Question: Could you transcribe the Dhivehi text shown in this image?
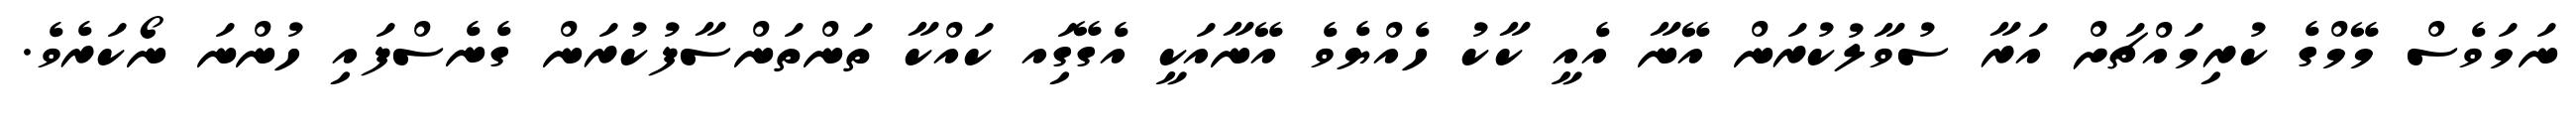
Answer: ނަމަވެސް މޭމްގެ ކުރިމައްޗަށް އަރާ ސުވާލުކުރަން އޭނާ އެއީ ކާކު ހެއްޔެވެ އޭނާއަކީ އެގޭގަިއ ކައްކާ ތަންތަންސާފުކުރަން ގެނެސްފައި ހުންނަ ނޯކަރެވެ.